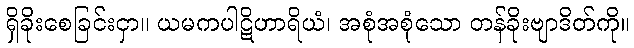
ရှိခိုးစေခြင်းငှာ။ ယမကပါဋိဟာရိယံ၊ အစုံအစုံသော တန်ခိုးဗျာဒိတ်ကို။